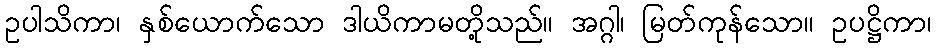
ဥပါသိကာ၊ နှစ်ယောက်သော ဒါယိကာမတို့သည်။ အဂ္ဂါ၊ မြတ်ကုန်သော။ ဥပဋ္ဌိကာ၊